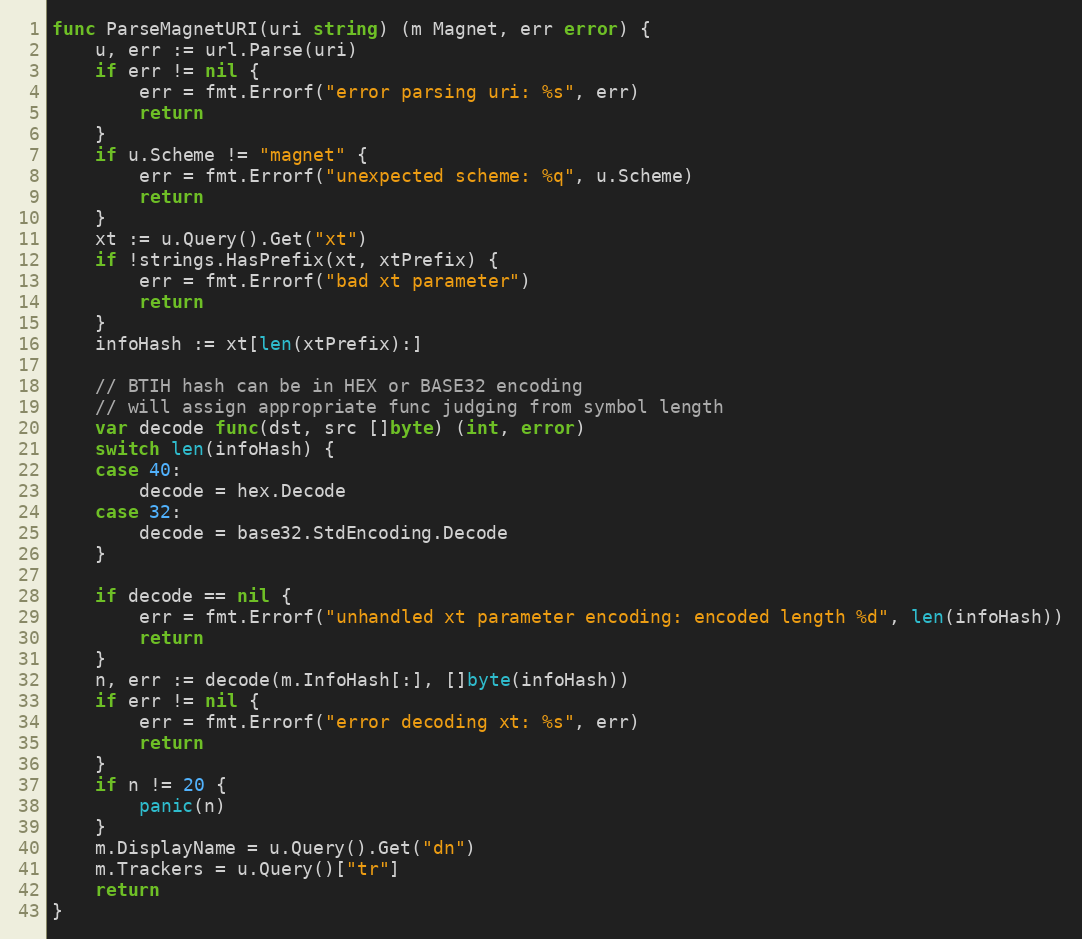
Language: Go
func ParseMagnetURI(uri string) (m Magnet, err error) {
	u, err := url.Parse(uri)
	if err != nil {
		err = fmt.Errorf("error parsing uri: %s", err)
		return
	}
	if u.Scheme != "magnet" {
		err = fmt.Errorf("unexpected scheme: %q", u.Scheme)
		return
	}
	xt := u.Query().Get("xt")
	if !strings.HasPrefix(xt, xtPrefix) {
		err = fmt.Errorf("bad xt parameter")
		return
	}
	infoHash := xt[len(xtPrefix):]

	// BTIH hash can be in HEX or BASE32 encoding
	// will assign appropriate func judging from symbol length
	var decode func(dst, src []byte) (int, error)
	switch len(infoHash) {
	case 40:
		decode = hex.Decode
	case 32:
		decode = base32.StdEncoding.Decode
	}

	if decode == nil {
		err = fmt.Errorf("unhandled xt parameter encoding: encoded length %d", len(infoHash))
		return
	}
	n, err := decode(m.InfoHash[:], []byte(infoHash))
	if err != nil {
		err = fmt.Errorf("error decoding xt: %s", err)
		return
	}
	if n != 20 {
		panic(n)
	}
	m.DisplayName = u.Query().Get("dn")
	m.Trackers = u.Query()["tr"]
	return
}